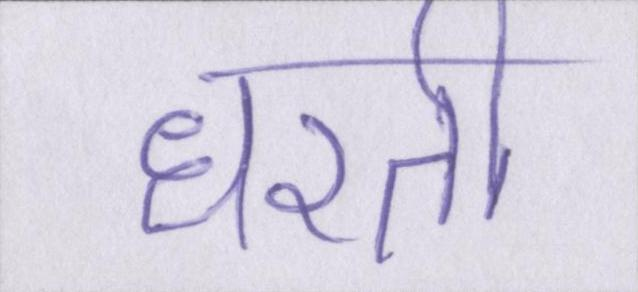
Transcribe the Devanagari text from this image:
धरती